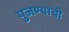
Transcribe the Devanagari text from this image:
पुजण्याची